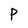
Character: P